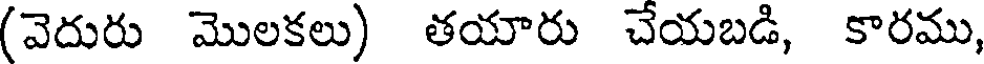
(వెదురు మొలకలు) తయారు చేయబడి, కారము,